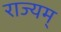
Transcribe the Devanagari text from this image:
राज्यम्